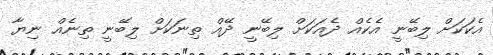
އެކަކަށް ލިބޭނީ އެކެއް ދެއަކަށް ލިބޭނީ ދޭއް ތިނަކަށް ލިބޭނީ ތިނެއް ނިޔާ